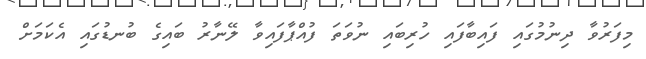
މިފަރުވާ ދިނުމުގައި ފައިބާފައި ހުރިބައި ނުވަތަ ފުއްޕާފައިވާ ލޭނާރު ބައިގެ ބުނޑުގައި އެކަމަށް